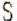
S